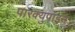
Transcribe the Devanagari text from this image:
पारक्युपाइन